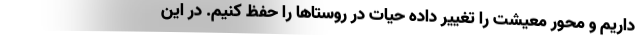
داریم و محور معیشت را تغییر داده حیات در روستاها را حفظ کنیم. در این